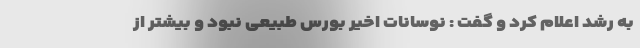
به رشد اعلام کرد و گفت : نوسانات اخیر بورس طبیعی نبود و بیشتر از